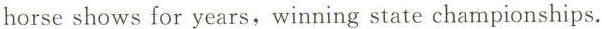
horse shows for years, winning state championships.